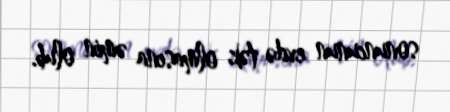
sonuncunun evdə tək olmasına əmin olub.